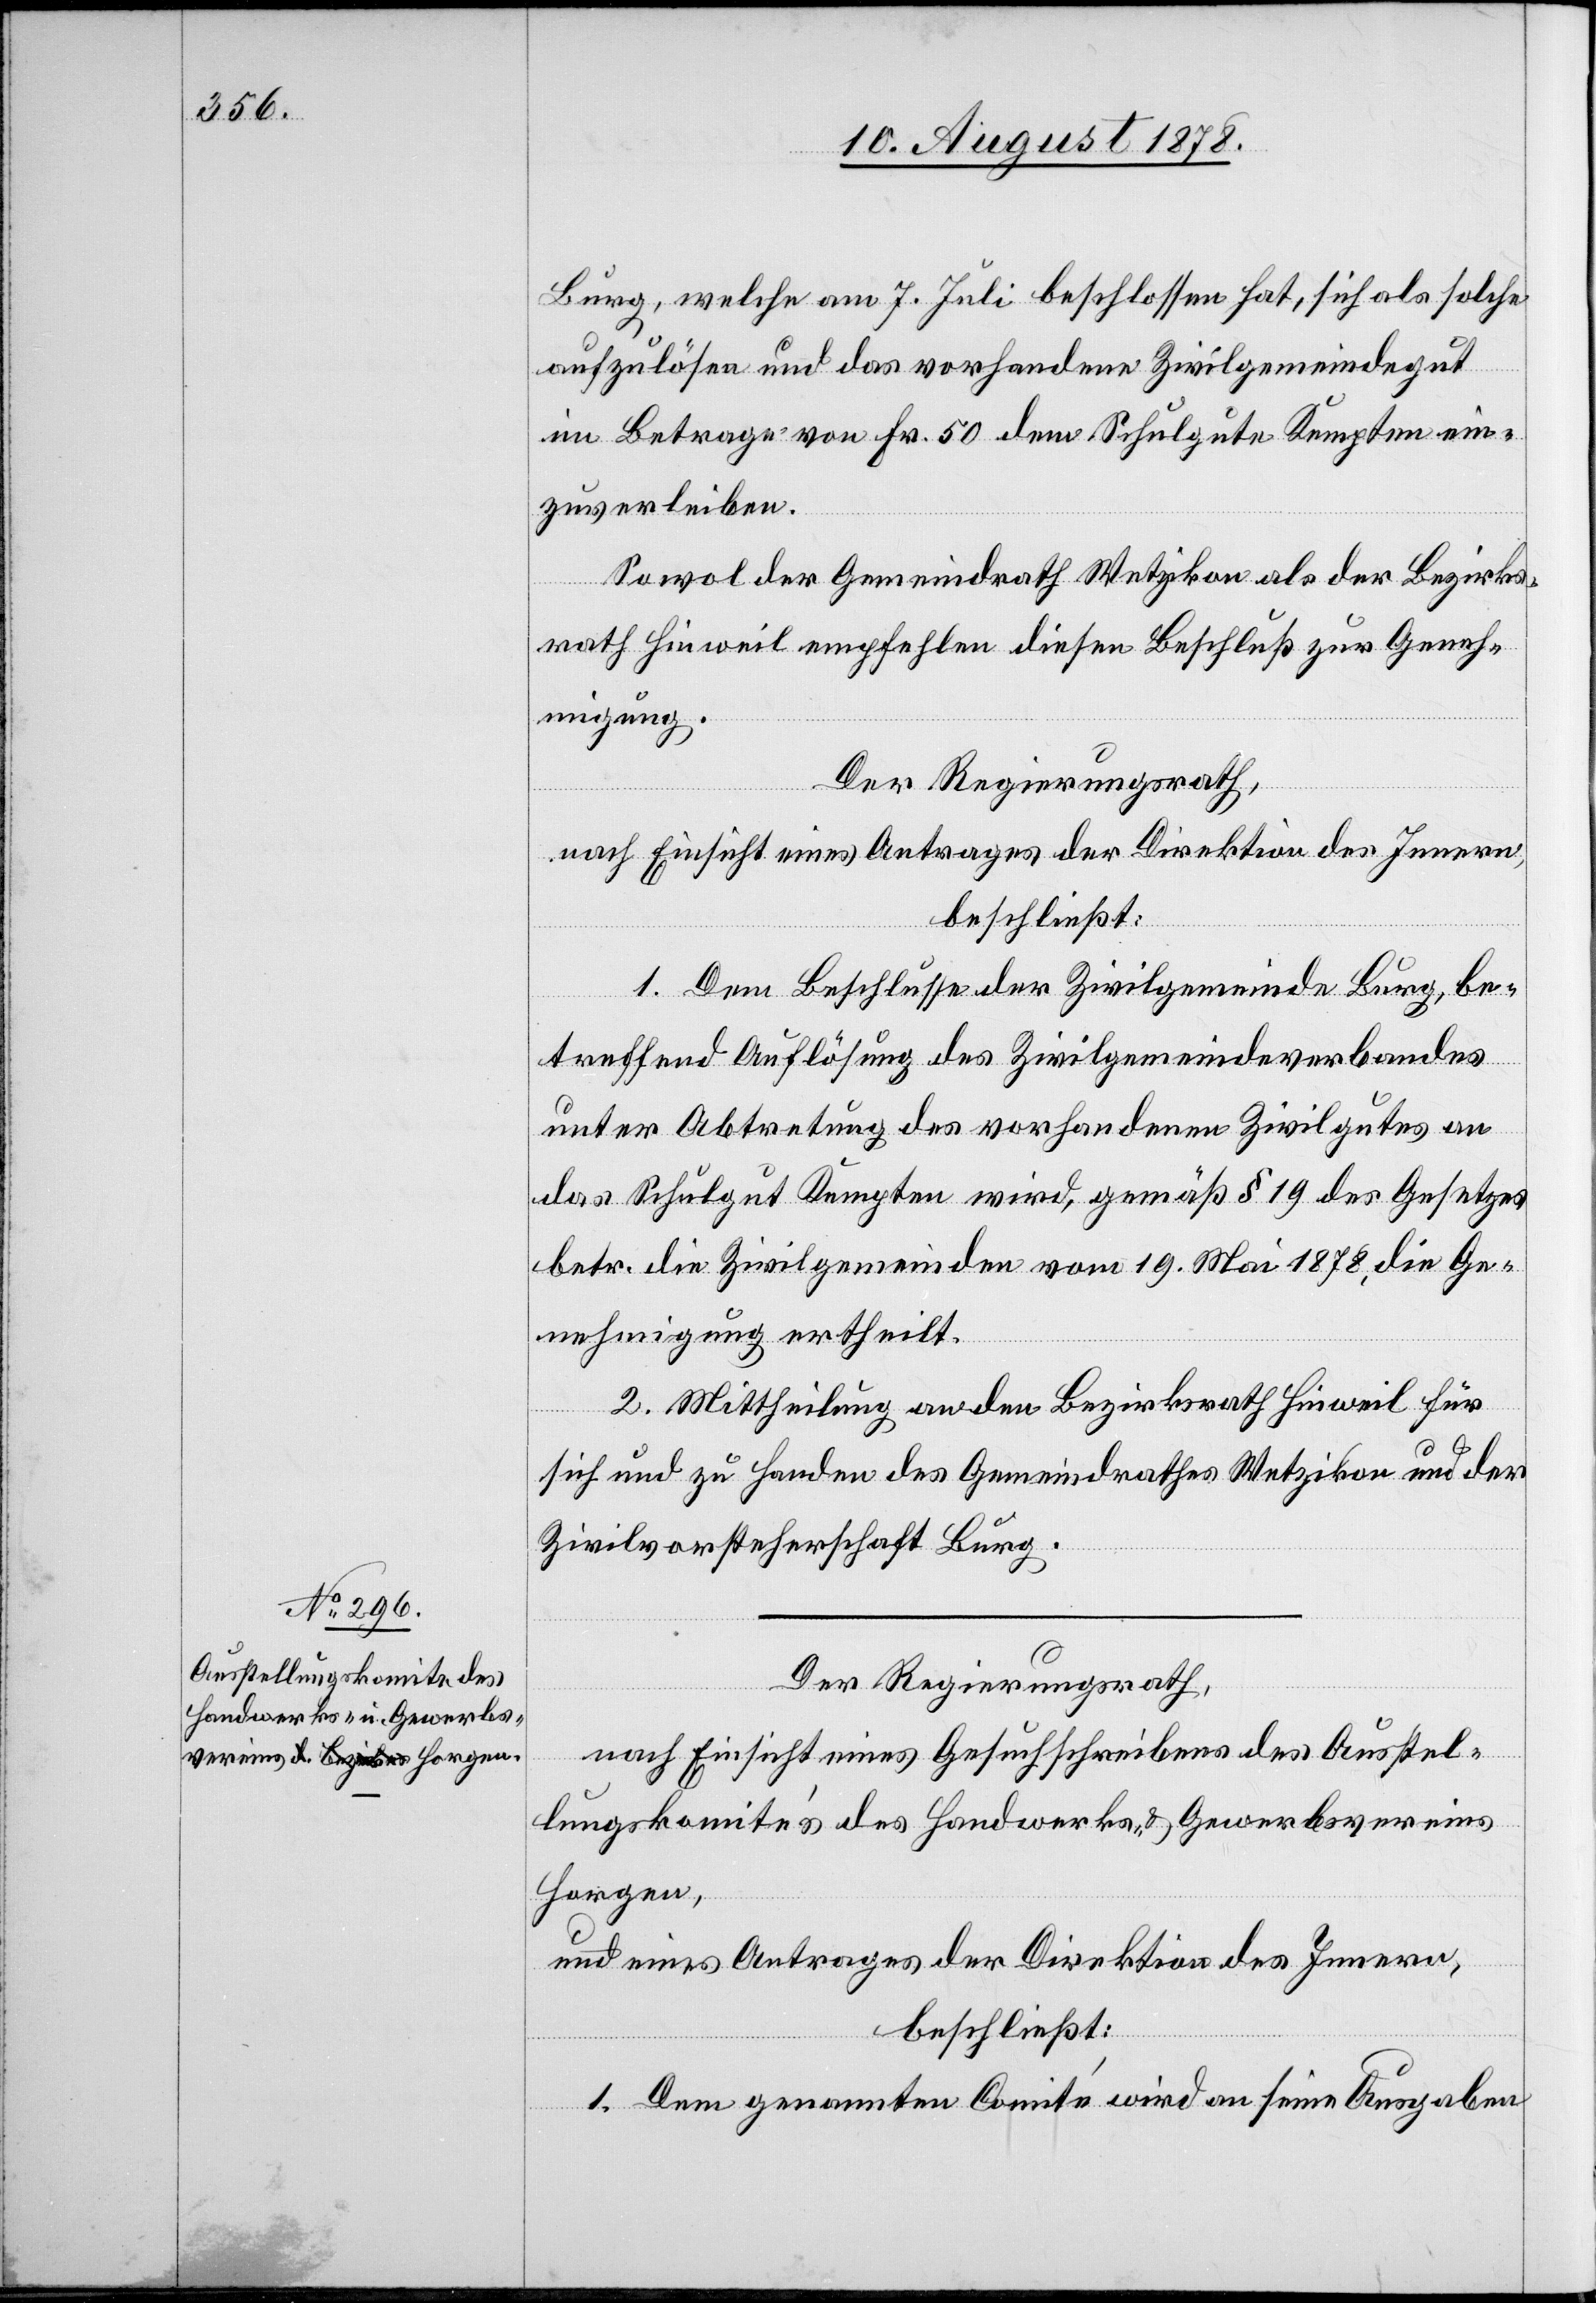
Burg, welche am 7. Juli beschlossen hat, sich als solche
aufzulösen und das vorhandene Zivilgemeindegut
im Betrage von Fr. 50 dem Schulgute Kempten ein¬
zuverleiben.
Sowol der Gemeindrath Wetzikon als der Bezirks¬
rath Hinweil empfehlen diesen Beschluß zur Geneh¬
migung.
Der Regierungsrath,
nach Einsicht eines Antrages der Direktion des Innern,
beschließt:
1. Dem Beschlusse der Zivilgemeinde Burg, be¬
treffend Auflösung des Zivilgemeindeverbandes
unter Abtretung des vorhandenen Zivilgutes an
das Schulgut Kempten wird, gemäß § 19 des Gesetzes
betr. die Zivilgemeinden vom 19. Mai 1878, die Ge¬
nehmigung ertheilt.
2. Mittheilung an den Bezirksrath Hinweil für
sich und zu Handen des Gemeindrathes Wetzikon und der
Zivilvorsteherschaft Burg.
Der Regierungsrath,
nach Einsicht eines Gesuchschreibens des Ausstel¬
lungskomite’s des Handwerks- & Gewerbsvereins
Horgen,
und eines Antrages der Direktion des Innern,
beschließt:
1. Dem genannten Comité wird an seine Ausgaben